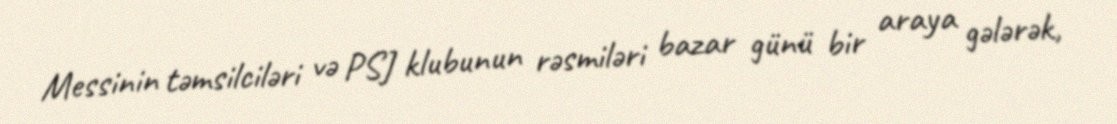
Messinin təmsilciləri və PSJ klubunun rəsmiləri bazar günü bir araya gələrək,